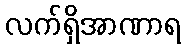
လက်ရှိအာဏာရ